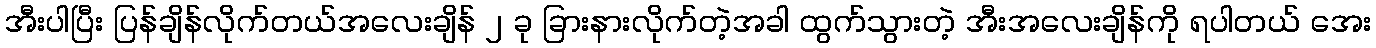
အီးပါပြီး ပြန်ချိန်လိုက်တယ်အလေးချိန် ၂ ခု ခြားနားလိုက်တဲ့အခါ ထွက်သွားတဲ့ အီးအလေးချိန်ကို ရပါတယ် အေး